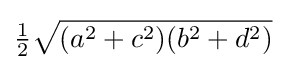
{\tfrac {1}{2}}{\sqrt {(a^{2}+c^{2})(b^{2}+d^{2})}}